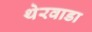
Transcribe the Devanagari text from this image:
थेरवाडा